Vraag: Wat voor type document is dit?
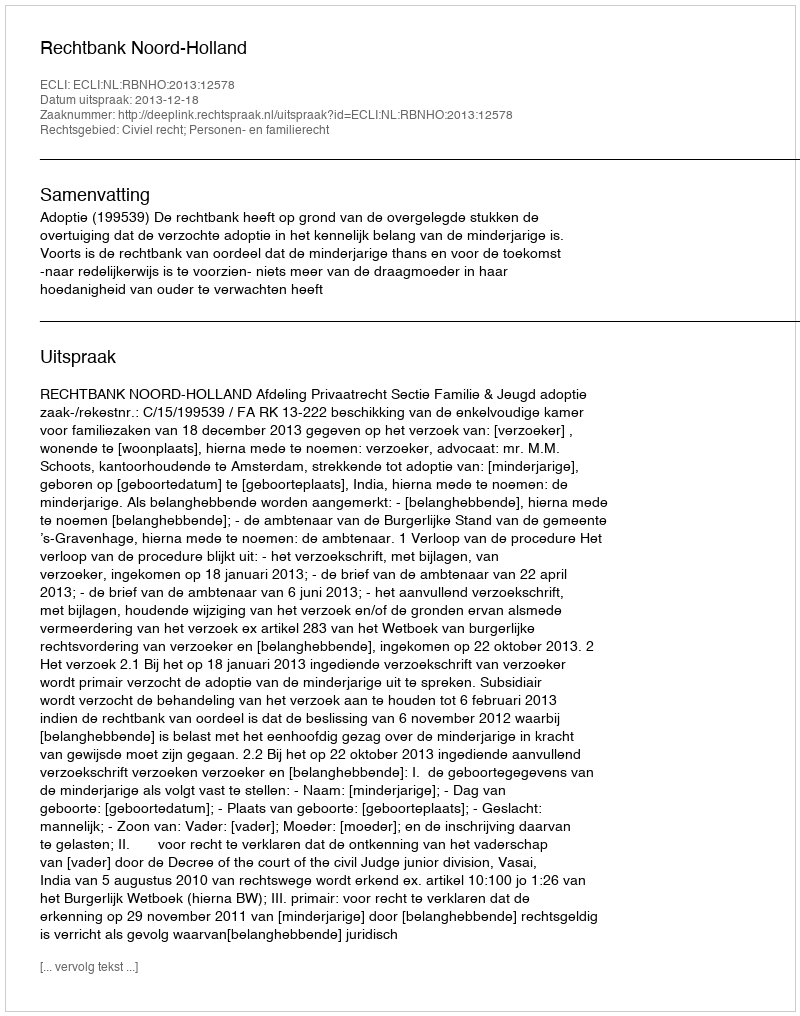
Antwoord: Uitspraak